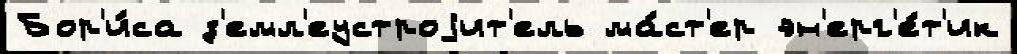
Бор'и́са з'емл'еустроjит'ель ма́ст'ер эн'ерг'е́т'ик